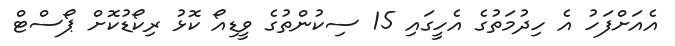
އެއަށްފަހު އެ ހިދުމަތުގެ އެހީގައި 15 ސިކުންތުގެ ވީޑިއޯ ކޮޅު ރިކޯޑުކޮށް ޕޯސްޓް